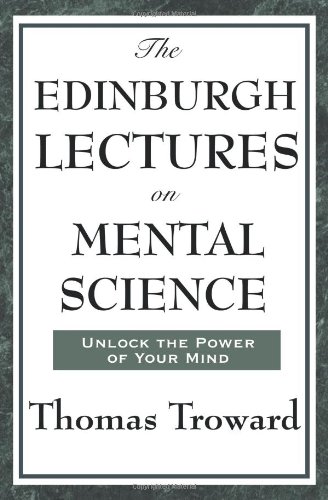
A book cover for The Edinburgh Lectures on Mental Science; Thomas Troward; Health, Fitness & Dieting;